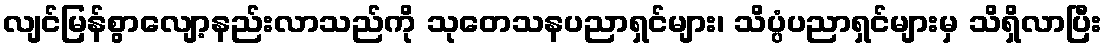
လျင်မြန်စွာလျော့နည်းလာသည်ကို သုတေသနပညာရှင်များ၊ သိပ္ပံပညာရှင်များမှ သိရှိလာပြီး